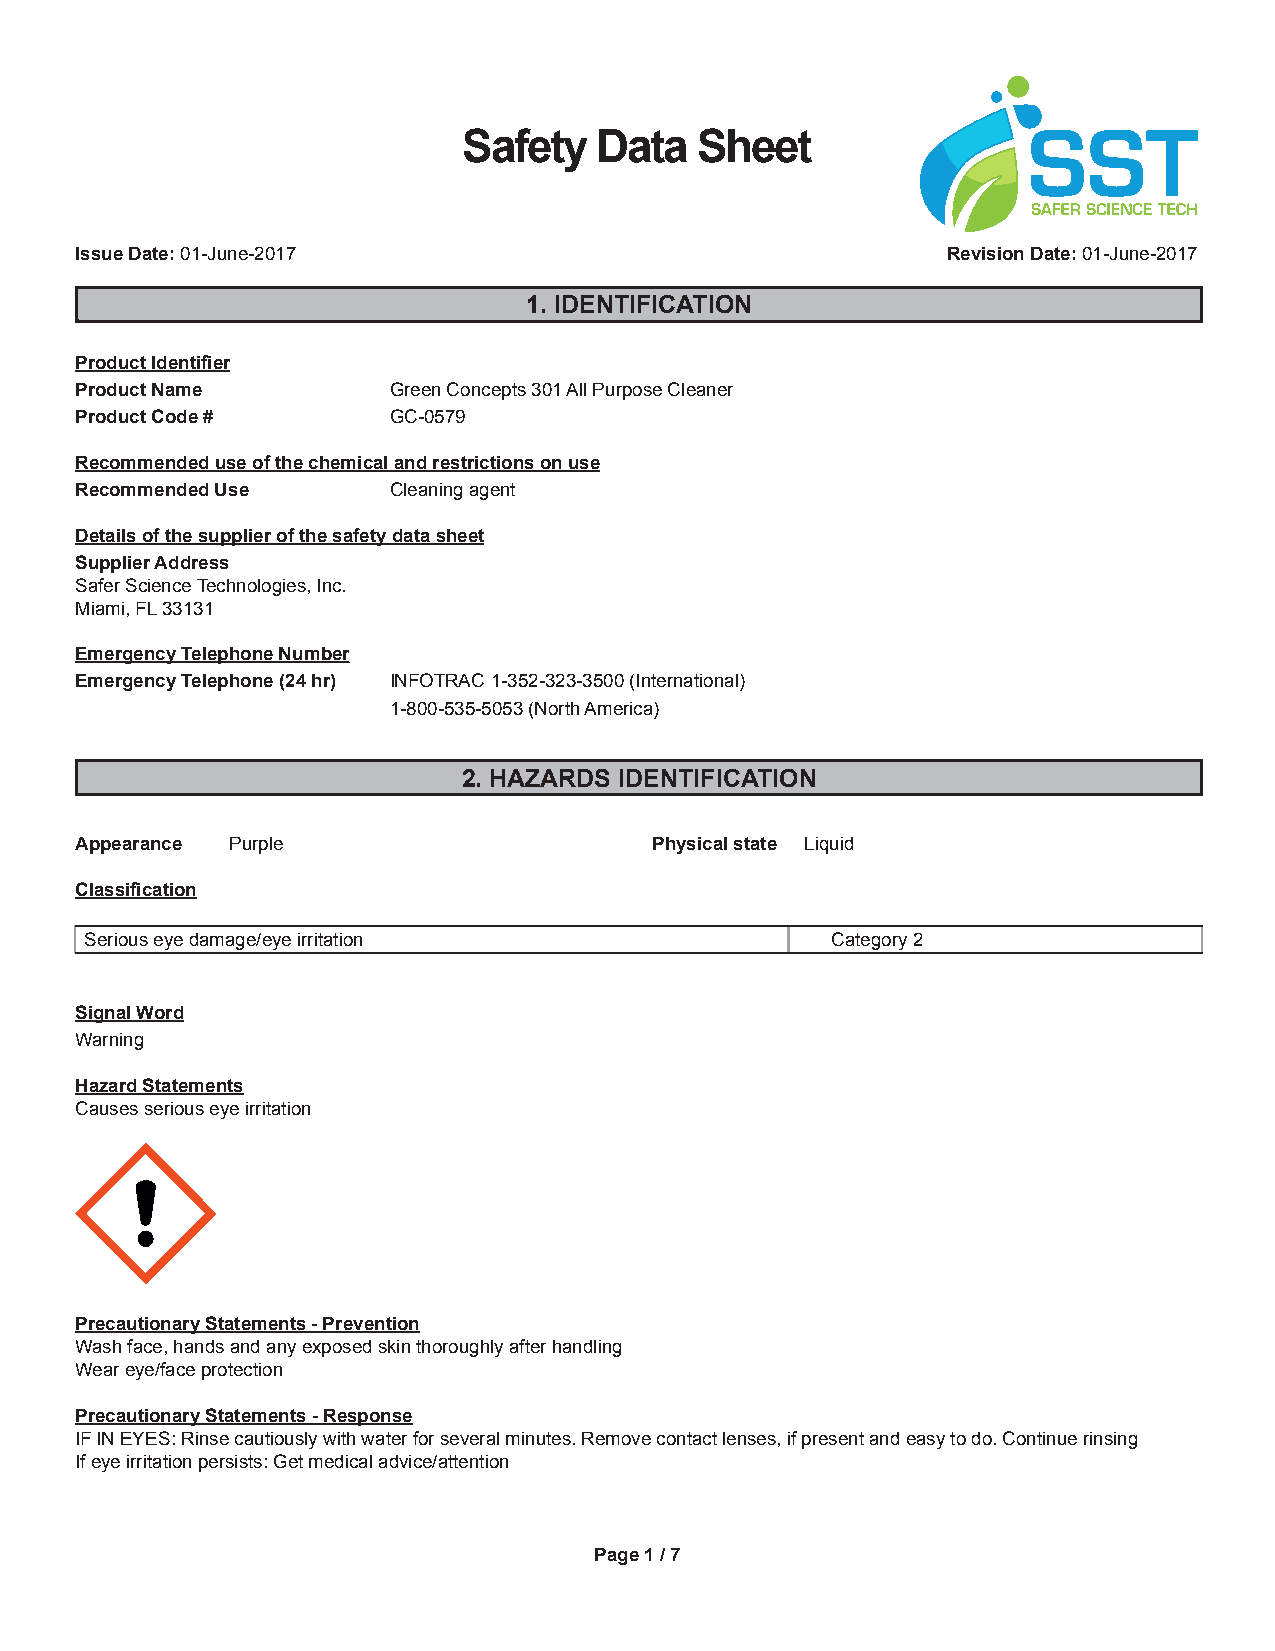
Safety  Data   Sheet
 Issue Date: 01-June-2017                                  Revision Date: 01-June-2017
 1. IDENTIFICATION
 Product Identifier
 Product Name         Green Concepts 301 All Purpose Cleaner
 Product Code #       GC-0579
 Recommended use of the chemical and restrictions on use
 Recommended Use      Cleaning agent
 Details of the supplier of the safety data sheet
 Supplier Address
 Safer Science Technologies, Inc.
 Miami, FL 33131
 Emergency Telephone Number
 Emergency Telephone (24 hr) INFOTRAC 1-352-323-3500 (International)
 1-800-535-5053 (North America)
 2. HAZARDS IDENTIFICATION
 Appearance Purple                     Physical state Liquid
 Classification
 Serious eye damage/eye irritation                Category 2
 Signal Word
 Warning
 Hazard Statements
 Causes serious eye irritation
 Precautionary Statements - Prevention
 Wash face, hands and any exposed skin thoroughly after handling
 Wear eye/face protection
 Precautionary Statements - Response
 IF IN EYES: Rinse cautiously with water for several minutes. Remove contact lenses, if present and easy to do. Continue rinsing
 If eye irritation persists: Get medical advice/attention
 Page 1 / 7